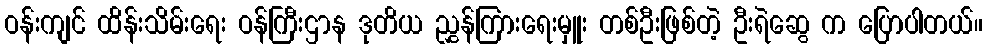
ဝန်းကျင် ထိန်းသိမ်းရေး ဝန်ကြီးဌာန ဒုတိယ ညွှန်ကြားရေးမှူး တစ်ဦးဖြစ်တဲ့ ဦးရဲဆွေ က ပြောပါတယ်။